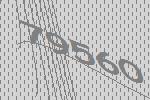
79560